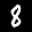
Label: 8